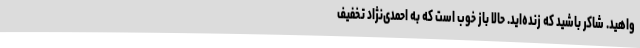
واهید. شاکر باشید که زنده‌اید. حالا باز خوب است که به احمدی‌نژاد تخفیف